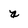
Character: a